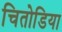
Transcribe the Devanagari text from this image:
चितोडिया